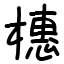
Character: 橞